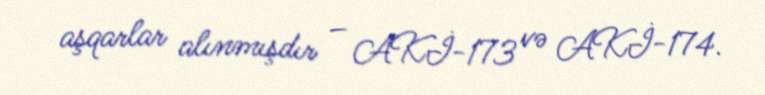
aşqarlar alınmışdır – AKİ-173 və AKİ-174.